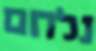
נלחם